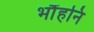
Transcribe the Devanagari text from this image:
भौंहनि